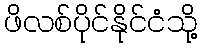
ဖိလစ်ပိုင်နိုင်ငံသို့